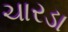
ચારડા